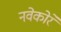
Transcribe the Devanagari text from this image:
नवेकोरे